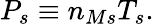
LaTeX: P_{s}\equiv n_{Ms}T_{s}.